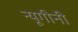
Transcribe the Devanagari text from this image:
न्यूगीनी